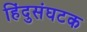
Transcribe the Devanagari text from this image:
हिंदुसंघटक